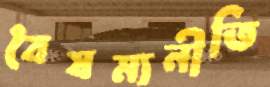
বৈষম্যনীতি